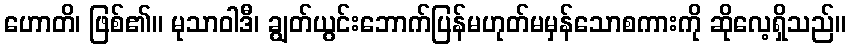
ဟောတိ၊ ဖြစ်၏။ မုသာဝါဒီ၊ ချွတ်ယွင်းဘောက်ပြန်မဟုတ်မမှန်သောစကားကို ဆိုလေ့ရှိသည်။